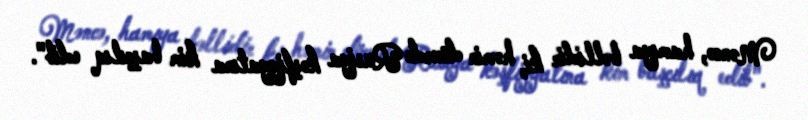
Məncə, hamıya bəllidir ki, həmin dövrdə Rusiya kəşfiyyatına kim başçılıq edib".